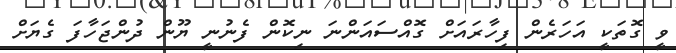
ވީ ގޮތަކީ އަހަރެން ފިހާރައަށް ގޮއްސައަންނަ ނިކޮން ފެނުނީ ޔޫން ދުންޖަހާފަ ގެޔަށް